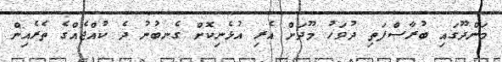
މަންދޫގައި ބުރާސްފަތި ދުވަހު މޫދަށް އެރި އުޅެނިކޮށް ގެނބުނު ދެ ކުއްޖެއްގެ ތެރެއިން